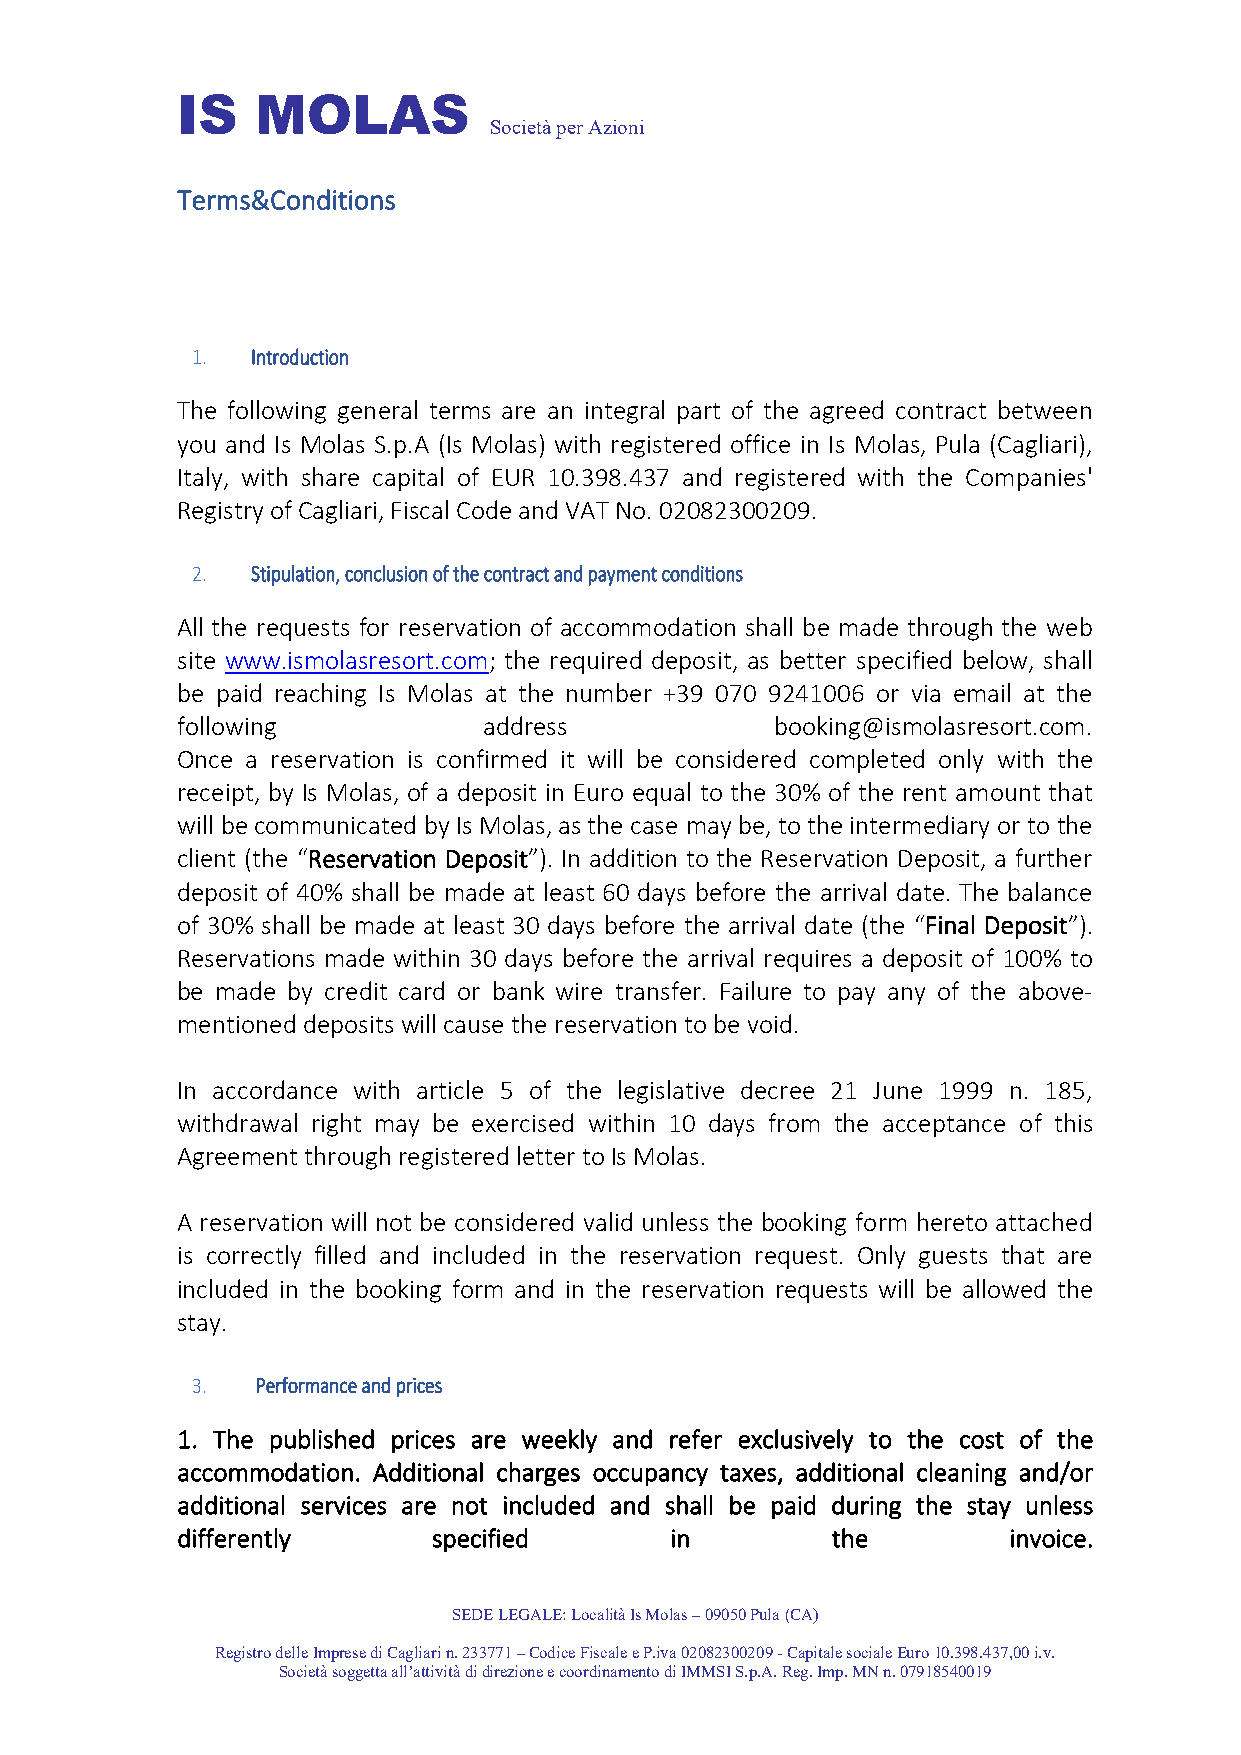
IS   MOLAS
 Società per Azioni
 Terms&Conditions
 1.  Introduction
 The following general terms are an integral part of the agreed contract between
 you and Is Molas S.p.A (Is Molas) with registered office in Is Molas, Pula (Cagliari),
 Italy, with share capital of EUR 10.398.437 and registered with the Companies'
 Registry of Cagliari, Fiscal Code and VAT No. 02082300209.
 2.  Stipulation, conclusion of the contract and payment conditions
 All the requests for reservation of accommodation shall be made through the web
 site www.ismolasresort.com; the required deposit, as better specified below, shall
 be paid reaching Is Molas at the number +39 070 9241006 or via email at the
 following           address            booking@ismolasresort.com.
 Once a reservation is confirmed it will be considered completed only with the
 receipt, by Is Molas, of a deposit in Euro equal to the 30% of the rent amount that
 will be communicated by Is Molas, as the case may be, to the intermediary or to the
 client (the “Reservation Deposit”). In addition to the Reservation Deposit, a further
 deposit of 40% shall be made at least 60 days before the arrival date. The balance
 of 30% shall be made at least 30 days before the arrival date (the “Final Deposit”).
 Reservations made within 30 days before the arrival requires a deposit of 100% to
 be made by credit card or bank wire transfer. Failure to pay any of the above-
 mentioned deposits will cause the reservation to be void.
 In accordance with article 5 of the legislative decree 21 June 1999 n. 185,
 withdrawal right may be exercised within 10 days from the acceptance of this
 Agreement through registered letter to Is Molas.
 A reservation will not be considered valid unless the booking form hereto attached
 is correctly filled and included in the reservation request. Only guests that are
 included in the booking form and in the reservation requests will be allowed the
 stay.
 3.  Performance and prices
 1. The published prices are weekly and refer exclusively to the cost of the
 accommodation. Additional charges occupancy taxes, additional cleaning and/or
 additional services are not included and shall be paid during the stay unless
 differently      specified      in         the         invoice.
 SEDE LEGALE: Località Is Molas – 09050 Pula (CA)
 Registro delle Imprese di Cagliari n. 233771 – Codice Fiscale e P.iva 02082300209 - Capitale sociale Euro 10.398.437,00 i.v.
 Società soggetta all’attività di direzione e coordinamento di IMMSI S.p.A. Reg. Imp. MN n. 07918540019